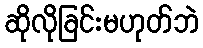
ဆိုလိုခြင်းမဟုတ်ဘဲ